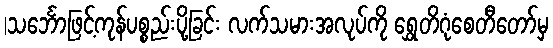
|သင်္ဘောဖြင့်ကုန်ပစ္စည်းပို့ခြင်း လက်သမားအလုပ်ကို ရွှေတိဂုံစေတီတော်မှ